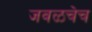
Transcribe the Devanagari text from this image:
जवळचेच